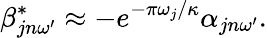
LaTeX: \beta_{jn\omega^{\prime}}^{*}\approx-e^{-\pi\omega_{j}/\kappa}\alpha_{jn\omega^{\prime}}.